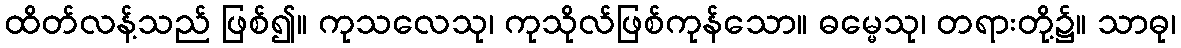
ထိတ်လန့်သည် ဖြစ်၍။ ကုသလေသု၊ ကုသိုလ်ဖြစ်ကုန်သော။ ဓမ္မေသု၊ တရားတို့၌။ သာဓု၊